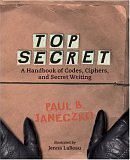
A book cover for Top Secret: A Handbook of Codes, Ciphers, and Secret Writing (Booklist Editor's Choice. Books for Youth (Awards)); Paul B. Janeczko; Business & Money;